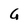
Character: G